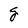
Character: g